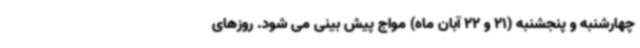
چهارشنبه و پنجشنبه (21 و 22 آبان ماه) مواج پیش بینی می شود. روزهای